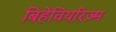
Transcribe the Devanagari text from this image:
बिहेवियरिज़्म